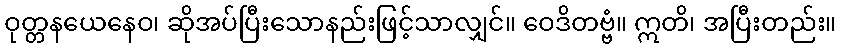
ဝုတ္တနယေနေဝ၊ ဆိုအပ်ပြီးသောနည်းဖြင့်သာလျှင်။ ဝေဒိတဗ္ဗံ။ ဣတိ၊ အပြီးတည်း။